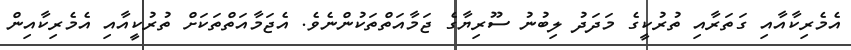
އެމެރިކާއާއި ގަތަރާއި ތުރުކީގެ މަދަދު ލިބުނު ސޫރިޔާގެ ޖަމާއަތްތަކުންނެވެ. އެޖަމާއަތްތަކަށް ތުރުކީއާއި އެމެރިކާއިން